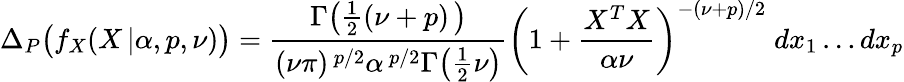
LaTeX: \Delta_{P}{\big(}f_{X}(X\, |\alpha,p,\nu){\big)}={\frac{\Gamma{\big(}{\frac{1}{2}}(\nu+p)\, {\big)}}{(\nu\pi)^{\, p/2}\alpha^{\, p/2}\Gamma{\big(}{\frac{1}{2}}\nu{\big)}}}{\bigg(}1+{\frac{X^{T}X}{\alpha\nu}}{\bigg)}^{-(\nu+p)/2}\; dx_{1}\dots dx_{p}